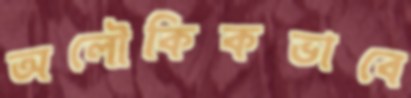
অলৌকিকভাবে